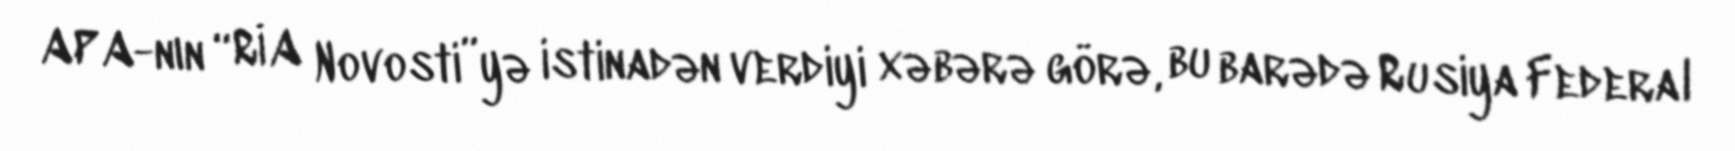
APA-nın “RİA Novosti”yə istinadən verdiyi xəbərə görə, bu barədə Rusiya Federal